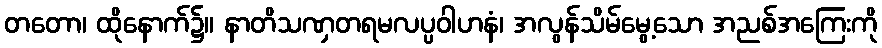
တတော၊ ထိုနောက်၌။ နာတိသဏှတရမလပ္ပဝါဟနံ၊ အလွန်သိမ်မွေ့သော အညစ်အကြေးကို